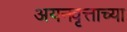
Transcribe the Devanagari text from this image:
अयनवृत्ताच्या